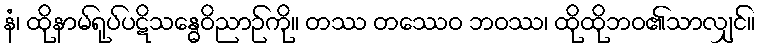
နံ၊ ထိုနာမ်ရုပ်ပဋိသန္ဓေဝိညာဉ်ကို။ တဿ တဿေဝ ဘဝဿ၊ ထိုထိုဘဝ၏သာလျှင်။